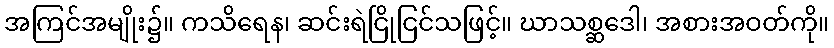
အကြင်အမျိုး၌။ ကသိရေန၊ ဆင်းရဲငြိုငြင်သဖြင့်။ ဃာသစ္ဆဒေါ၊ အစားအဝတ်ကို။